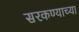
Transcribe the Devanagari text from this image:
सरकण्याच्या